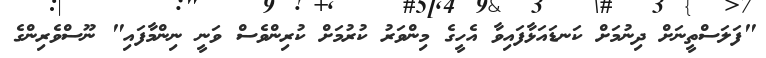
"ފަލަސްތީނަށް ދިނުމަށް ކަނޑައަޅާފައިވާ އެހީގެ މިންވަރު ކުރުމަށް ކުރިންވެސް ވަނީ ނިންމާފައި" ނޫސްވެރިންގެ